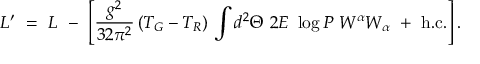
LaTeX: { \cal L } ^ { \prime } \ = \ { \cal L } \ - \ \left[ \frac { g ^ { 2 } } { 3 2 \pi ^ { 2 } } \, ( T _ { G } - T _ { R } ) \, \int d ^ { 2 } \Theta ~ 2 { \cal E } ~ \log P ~ W ^ { \alpha } W _ { \alpha } \ + \ \mathrm { h . c . } \right] .